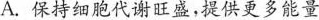
A. 保持细胞代谢旺盛，提供更多能量